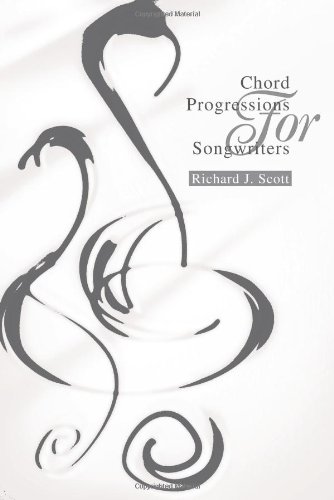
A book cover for Chord Progressions For Songwriters; Richard Scott; Arts & Photography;